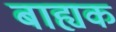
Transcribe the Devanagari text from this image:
बाह्यक